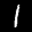
Label: 1